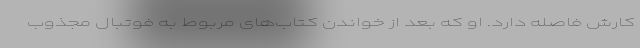
کارش فاصله دارد. او که بعد از خواندن کتاب‌های مربوط به فوتبال مجذوب